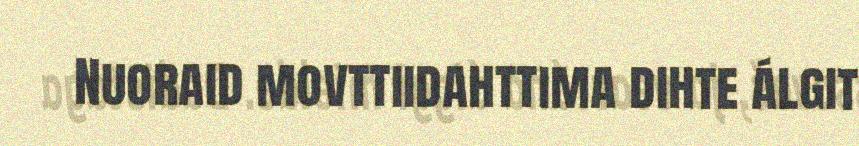
Nuoraid movttiidahttima dihte álgit